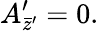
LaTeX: A_{\bar{z}^{\prime}}^{\prime}=0.